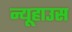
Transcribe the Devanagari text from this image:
न्यूहाउस